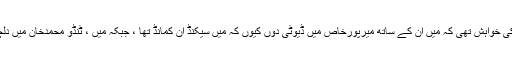
کمانڈنگ آفیسر کی خواہش تھی کہ میں اُن کے ساتھ میرپورخاص میں ڈیوٹی دوں کیوں کہ میں سیکنڈ اِن کمانڈ تھا ، جبکہ میں ، ٹنڈو محمدخان میں دلچسپی رکھتا تھا ۔